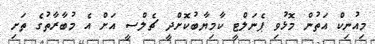
މިއުނިކް އަތުން މޮޅުވި ޕެނަލްޓީ ކާމިޔާބުކޮށްދީ ޗެލްސީ އަށް އެ މުބާރާތުގެ ތަށި